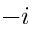
- i